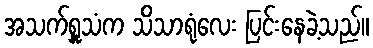
အသက်ရှူသံက သိသာရုံလေး ပြင်းနေခဲ့သည်။